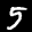
Label: 5